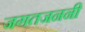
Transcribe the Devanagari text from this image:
जगतजननी